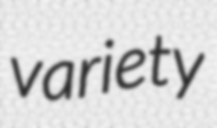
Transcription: variety